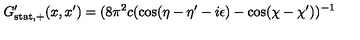
G _ { \mathrm { s t a t , + } } ^ { \prime } ( x , x ^ { \prime } ) = ( 8 \pi ^ { 2 } c ( \cos ( \eta - \eta ^ { \prime } - i \epsilon ) - \cos ( \chi - \chi ^ { \prime } ) ) ^ { - 1 }